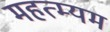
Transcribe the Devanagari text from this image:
महत्म्यम